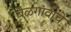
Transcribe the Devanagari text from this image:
बेळगांवाचे